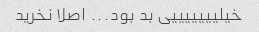
خیلیییییییی بد بود... اصلا نخرید